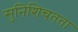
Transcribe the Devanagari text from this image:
सुनिशिचतता